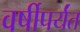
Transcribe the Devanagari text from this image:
वर्षीपर्यंत